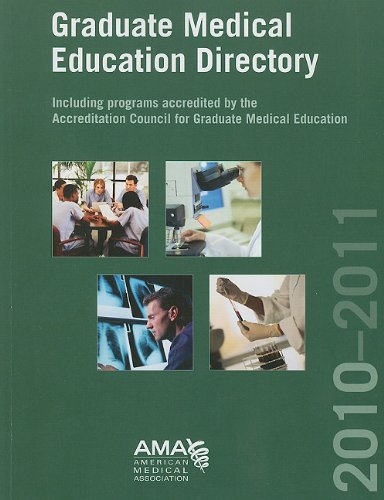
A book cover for Graduate Medical Education Directory 2010-2011: Including Programs Accredited By the Accreditation Council for Graduate Medical Education; Education & Teaching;